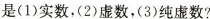
是(1)实数，(2)虚数，(3)纯虚数?